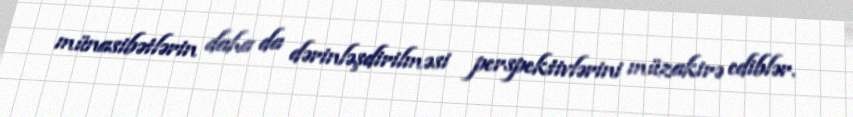
münasibətlərin daha da dərinləşdirilməsi perspektivlərini müzakirə ediblər.